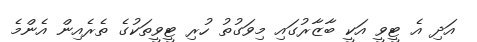
އަދި އެ ޓީވީ އަކީ ބާޒާރުގައި މިވަގުތު ހުރި ޓީވީތަކުގެ ތެރެއިން އެންމެ